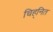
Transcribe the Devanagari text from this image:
चिह्‌नित